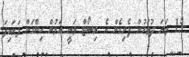
15 ވަނަ ދުވަހުން ފެށިގެން އެ ރިސޯޓް ވަނީ އަލުން ހިންގަން ފަށައިފަ